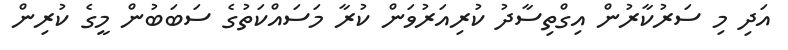
އަދި މި ސަރުކާރުން އިގްތިސާދު ކުރިއަރުވަން ކުރާ މަސައްކަތުގެ ސަބަބުން މީގެ ކުރިން